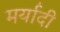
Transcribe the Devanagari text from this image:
मर्यादी